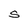
Character: S